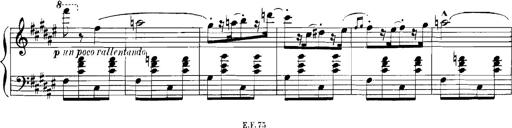
Title: Rhapsodies hongroises
Composer: Franz Liszt